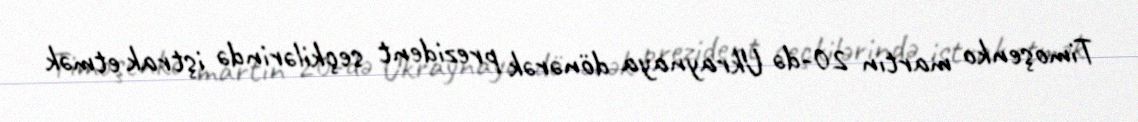
Timoşenko martın 20-də Ukraynaya dönərək prezident seçkilərində iştrak etmək